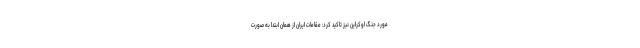
مورد جنگ اوکراین نیز تاکید کرد: مقامات ایران از همان ابتدا به صورت